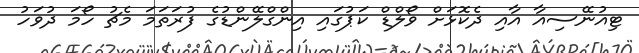
ޓިއުނޭސިއާ އާއި ދެކޮޅަށް ވޯލްޑް ކަޕުގައި އިންގްލޭންޑުގެ ފުރަތަމަ މެޗު ހޯމަ ދުވަހު